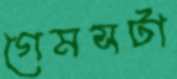
গেমসটা